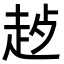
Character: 𬦊